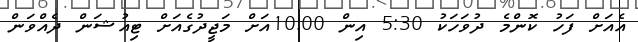
އެއަށް ފަހު ކޮންމެ ދުވަހަކު 5:30 އިން 10:00އަށް މަޖީދުގެއަށް ޓިއުޝަން ދެއްވަން